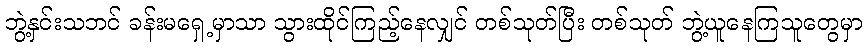
ဘွဲ့နှင်းသဘင် ခန်းမရှေ့မှာသာ သွားထိုင်ကြည့်နေလျှင် တစ်သုတ်ပြီး တစ်သုတ် ဘွဲ့ယူနေကြသူတွေမှာ